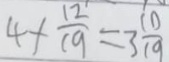
4 \times \frac { 1 2 } { 1 9 } = 3 \frac { 1 0 } { 1 9 }